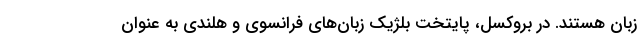
زبان هستند. در بروکسل، پایتخت بلژیک زبان‌های فرانسوی و هلندی به عنوان